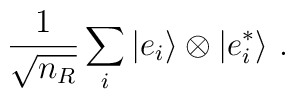
{1\over\sqrt{n_R}}\sum_i|e_i\rangle\otimes |e_i^*\rangle~.